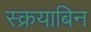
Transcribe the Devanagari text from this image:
स्क्रयाबिन